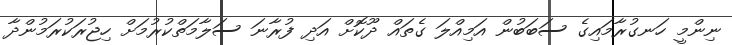
ނިންމީ ހަނގުރާމައިގެ ސަބަބުން އަމިއްލަ ގެތައް ދޫކޮށް އަދި ފުރާނަ ސަލާމަތްކުރުމަށް ހިޖުރަކުރަމުންދާ